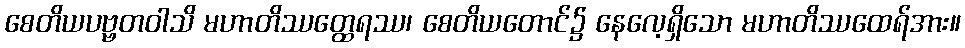
စေတိယပဗ္ဗတဝါသိ မဟာတိဿတ္ထေရဿ၊ စေတိယတောင်၌ နေလေ့ရှိသော မဟာတိဿထေရ်အား။